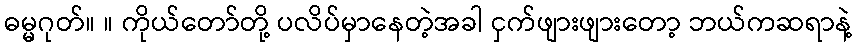
ဓမ္မဂုတ်။ ။ ကိုယ်တော်တို့ ပလိပ်မှာနေတဲ့အခါ ငှက်ဖျားဖျားတော့ ဘယ်ကဆရာနဲ့